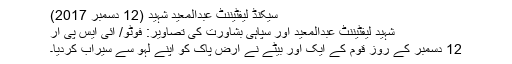
سیکنڈ لیفٹیننٹ عبدالمعید شہید (12 دسمبر 2017)
شہید لیفٹیننٹ عبدالمعید اور سپاہی بشاورت کی تصاویر: فوٹو/ آئی ایس پی آر
12 دسمبر کے روز قوم کے ایک اور بیٹے نے ارضِ پاک کو اپنے لہو سے سیراب کردیا۔